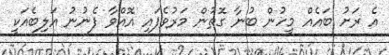
އެ ރަށު ބައެއް މީހުން ބުނާ ގޮތުން މަރުވެފައި އޮއްވާ ފެނުނު އަލިބެއަކީ